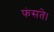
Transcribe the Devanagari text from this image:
फंसते।